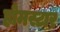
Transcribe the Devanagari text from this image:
होमस्टार